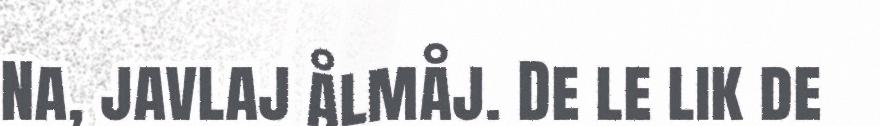
Na, javlaj ålmåj. De le lik de